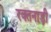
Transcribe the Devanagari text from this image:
रक्तनाड़ी